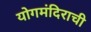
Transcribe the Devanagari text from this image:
योगमंदिराची